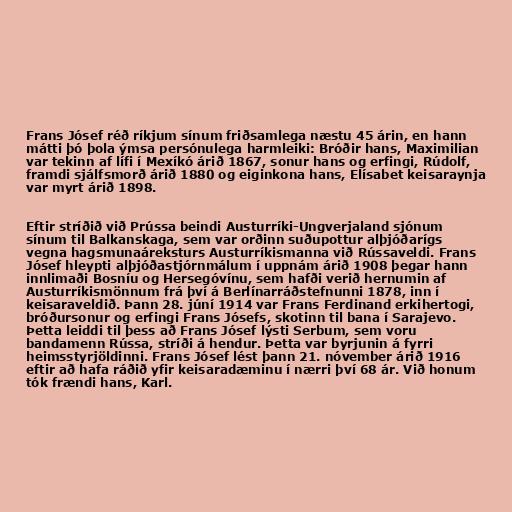
Frans Jósef réð ríkjum sínum friðsamlega næstu 45 árin, en hann
mátti þó þola ýmsa persónulega harmleiki: Bróðir hans, Maximilian
var tekinn af lífi í Mexíkó árið 1867, sonur hans og erfingi, Rúdolf,
framdi sjálfsmorð árið 1880 og eiginkona hans, Elísabet keisaraynja
var myrt árið 1898.

Eftir stríðið við Prússa beindi Austurríki-Ungverjaland sjónum
sínum til Balkanskaga, sem var orðinn suðupottur alþjóðarígs
vegna hagsmunaáreksturs Austurríkismanna við Rússaveldi. Frans
Jósef hleypti alþjóðastjórnmálum í uppnám árið 1908 þegar hann
innlimaði Bosníu og Hersegóvínu, sem hafði verið hernumin af
Austurríkismönnum frá því á Berlínarráðstefnunni 1878, inn í
keisaraveldið. Þann 28. júní 1914 var Frans Ferdinand erkihertogi,
bróðursonur og erfingi Frans Jósefs, skotinn til bana í Sarajevo.
Þetta leiddi til þess að Frans Jósef lýsti Serbum, sem voru
bandamenn Rússa, stríði á hendur. Þetta var byrjunin á fyrri
heimsstyrjöldinni. Frans Jósef lést þann 21. nóvember árið 1916
eftir að hafa ráðið yfir keisaradæminu í nærri því 68 ár. Við honum
tók frændi hans, Karl.